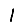
Digit: 1